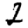
Digit: 2